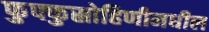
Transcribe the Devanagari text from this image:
फुफ्फुस्रोहिणीमधील